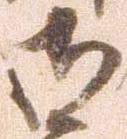
御